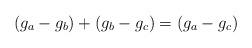
LaTeX: \begin{align*}(g_a-g_b)+(g_b-g_c) = (g_a-g_c)\end{align*}